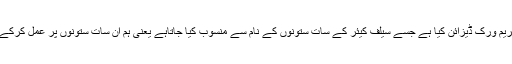
انٹرنیشنل سلیف کیئر فائونڈیشن نے ایک فریم ورک ڈیزائن کیا ہے جسے سیلف کیئر کے سات ستونوں کے نام سے منسوب کیا جاتاہے یعنی ہم ان سات ستونوں پر عمل کرکے ایک صحت مندزندگی گزار سکتے ہیں ۔